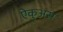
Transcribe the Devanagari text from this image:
ऐकुअस